Source: Handwritten
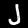
Digit: ၂ (2)